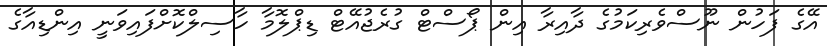
އޭގެ ފަހުން ނޫސްވެރިކަމުގެ ދާއިރާ އިން ޕޯސްޓް ގުރެޖުއޭޓް ޑިޕްލޮމާ ހާސިލްކޮށްފައިވަނީ އިންޑިއާގެ